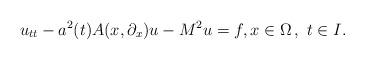
LaTeX: \begin{align*}u_{tt}- a^2(t) A(x,\partial_x) u -M^2 u =f, x \in \Omega \,, \,\, t \in I.\end{align*}